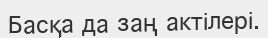
Басқа да заң актілері.